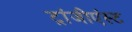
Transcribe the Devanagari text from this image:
ट्रांजीएंस्ट